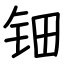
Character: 钿